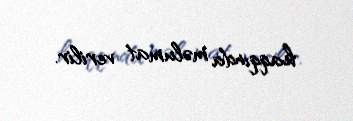
haqqında məlumat verilir.